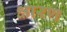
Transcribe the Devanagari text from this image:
क्षारण